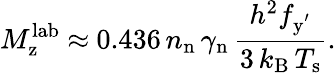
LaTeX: M_{\mathrm{z}}^{\mathrm{lab}}~{\approx}~0.436\, n_{\mathrm{n}}\, \gamma_{\mathrm{n}}\, \frac{h^{2}f_{\mathrm{y^{'}}}}{3\, k_{\mathrm{B}}\, T_{\mathrm{s}}}.